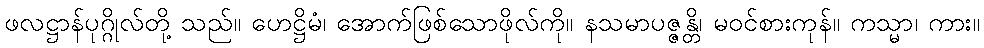
ဖလဋ္ဌာန်ပုဂ္ဂိုလ်တို့ သည်။ ဟေဋ္ဌိမံ၊ အောက်ဖြစ်သောဖိုလ်ကို။ နသမာပဇ္ဇန္တိ၊ မဝင်စားကုန်။ ကသ္မာ၊ ကား။